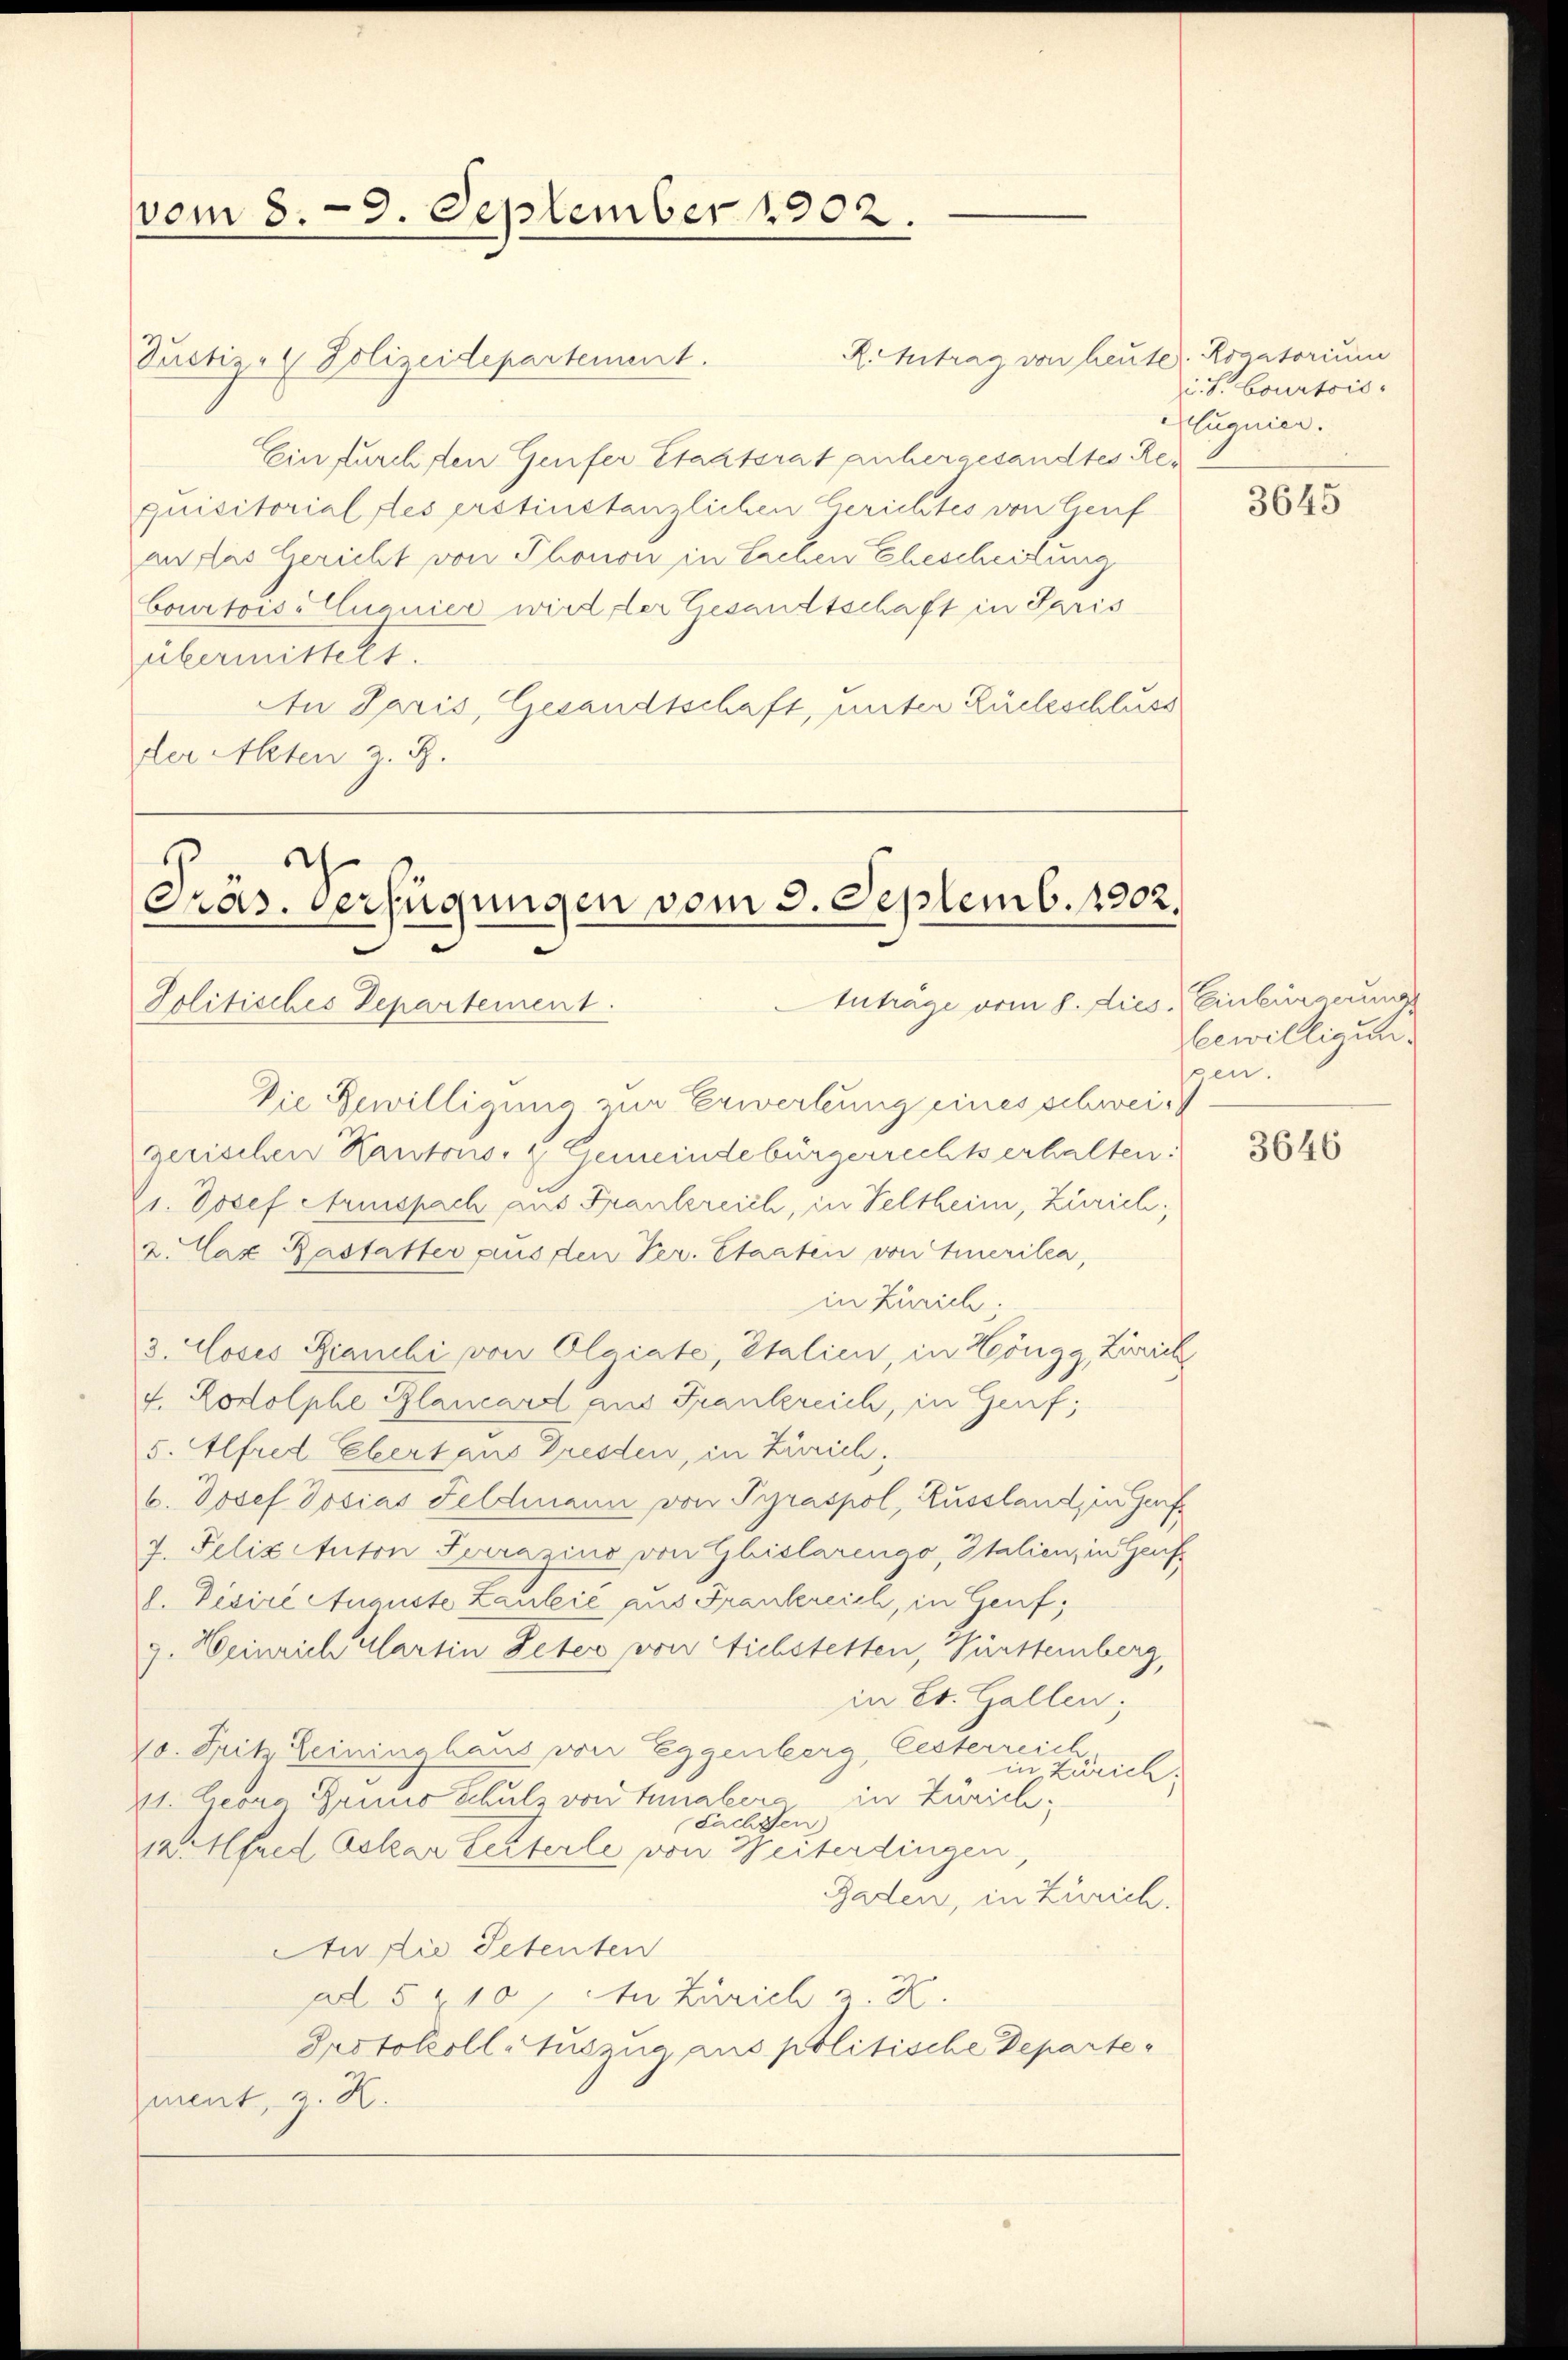
vom 8. 9. September 1902.

Puctiz- & Polizeidepartement.
Ein furchsten Genfer Staatsrat anhergesandtes Requisitorial fles erstinstanzlichen Gerichtes von Genf
an das Gericht von Thonon in Eschen Ehescheidung
Courtoisellanier wird der Gesandtschaft in Paris
übermittelt.
An Paris, Gesandtschaft, unter Rückschluss
der Alten z. B.

Präs. Verfügungen vom 3. Septemb. 1802.
Anträge vom 8. dies, Einbürgerung
Politisches Departement.

Die Bewilligung zur Erwerbung eines schweigerischen Kantons- & Gemeindebürgerrechts erhalten:
11. Josef Armspach aus Frankreich, in Veltheim, Zürich
2. Max Rastatter aus den Ver. Staaten von Einerila,
in Zürich;
3. Coses Bianchi von Olaiate, Italien, in Höngg, Zürich
f. Rodolphe Blancard aus Frankreich, in Genf;
5. Alfred Ebert aus Dresden, in Zürich;
b. Josef Josias Feldmann von Pyraspol, Russland, in Genf
7. Felixetuton Terrazius von Gliolarengo, Italien, in Genfd. Visire Auguste Laubić aus Frankreich, in Genf,
g. Heinrich Klartin Peter von Aichstetten, Württemberg,
in Est. Gallen;
10. Sitz Leininghaus von Eggenberg, lesterreich
in Zürich.
11. Georg Grund Schulz von Tunalers in Zürich;
Sachsten
. Alfred Lokal testerle von Weiterdingen,
Baden, in Zürich.
Au die Petenten
ad § 210, An Zürich 2. X.
Protokoll Auszug aus politische Departegment, z. K.

R. Antrag von heute. Rogatorium
is. Courtois.
Euguier.

3645

eewilligung
gen.

3646